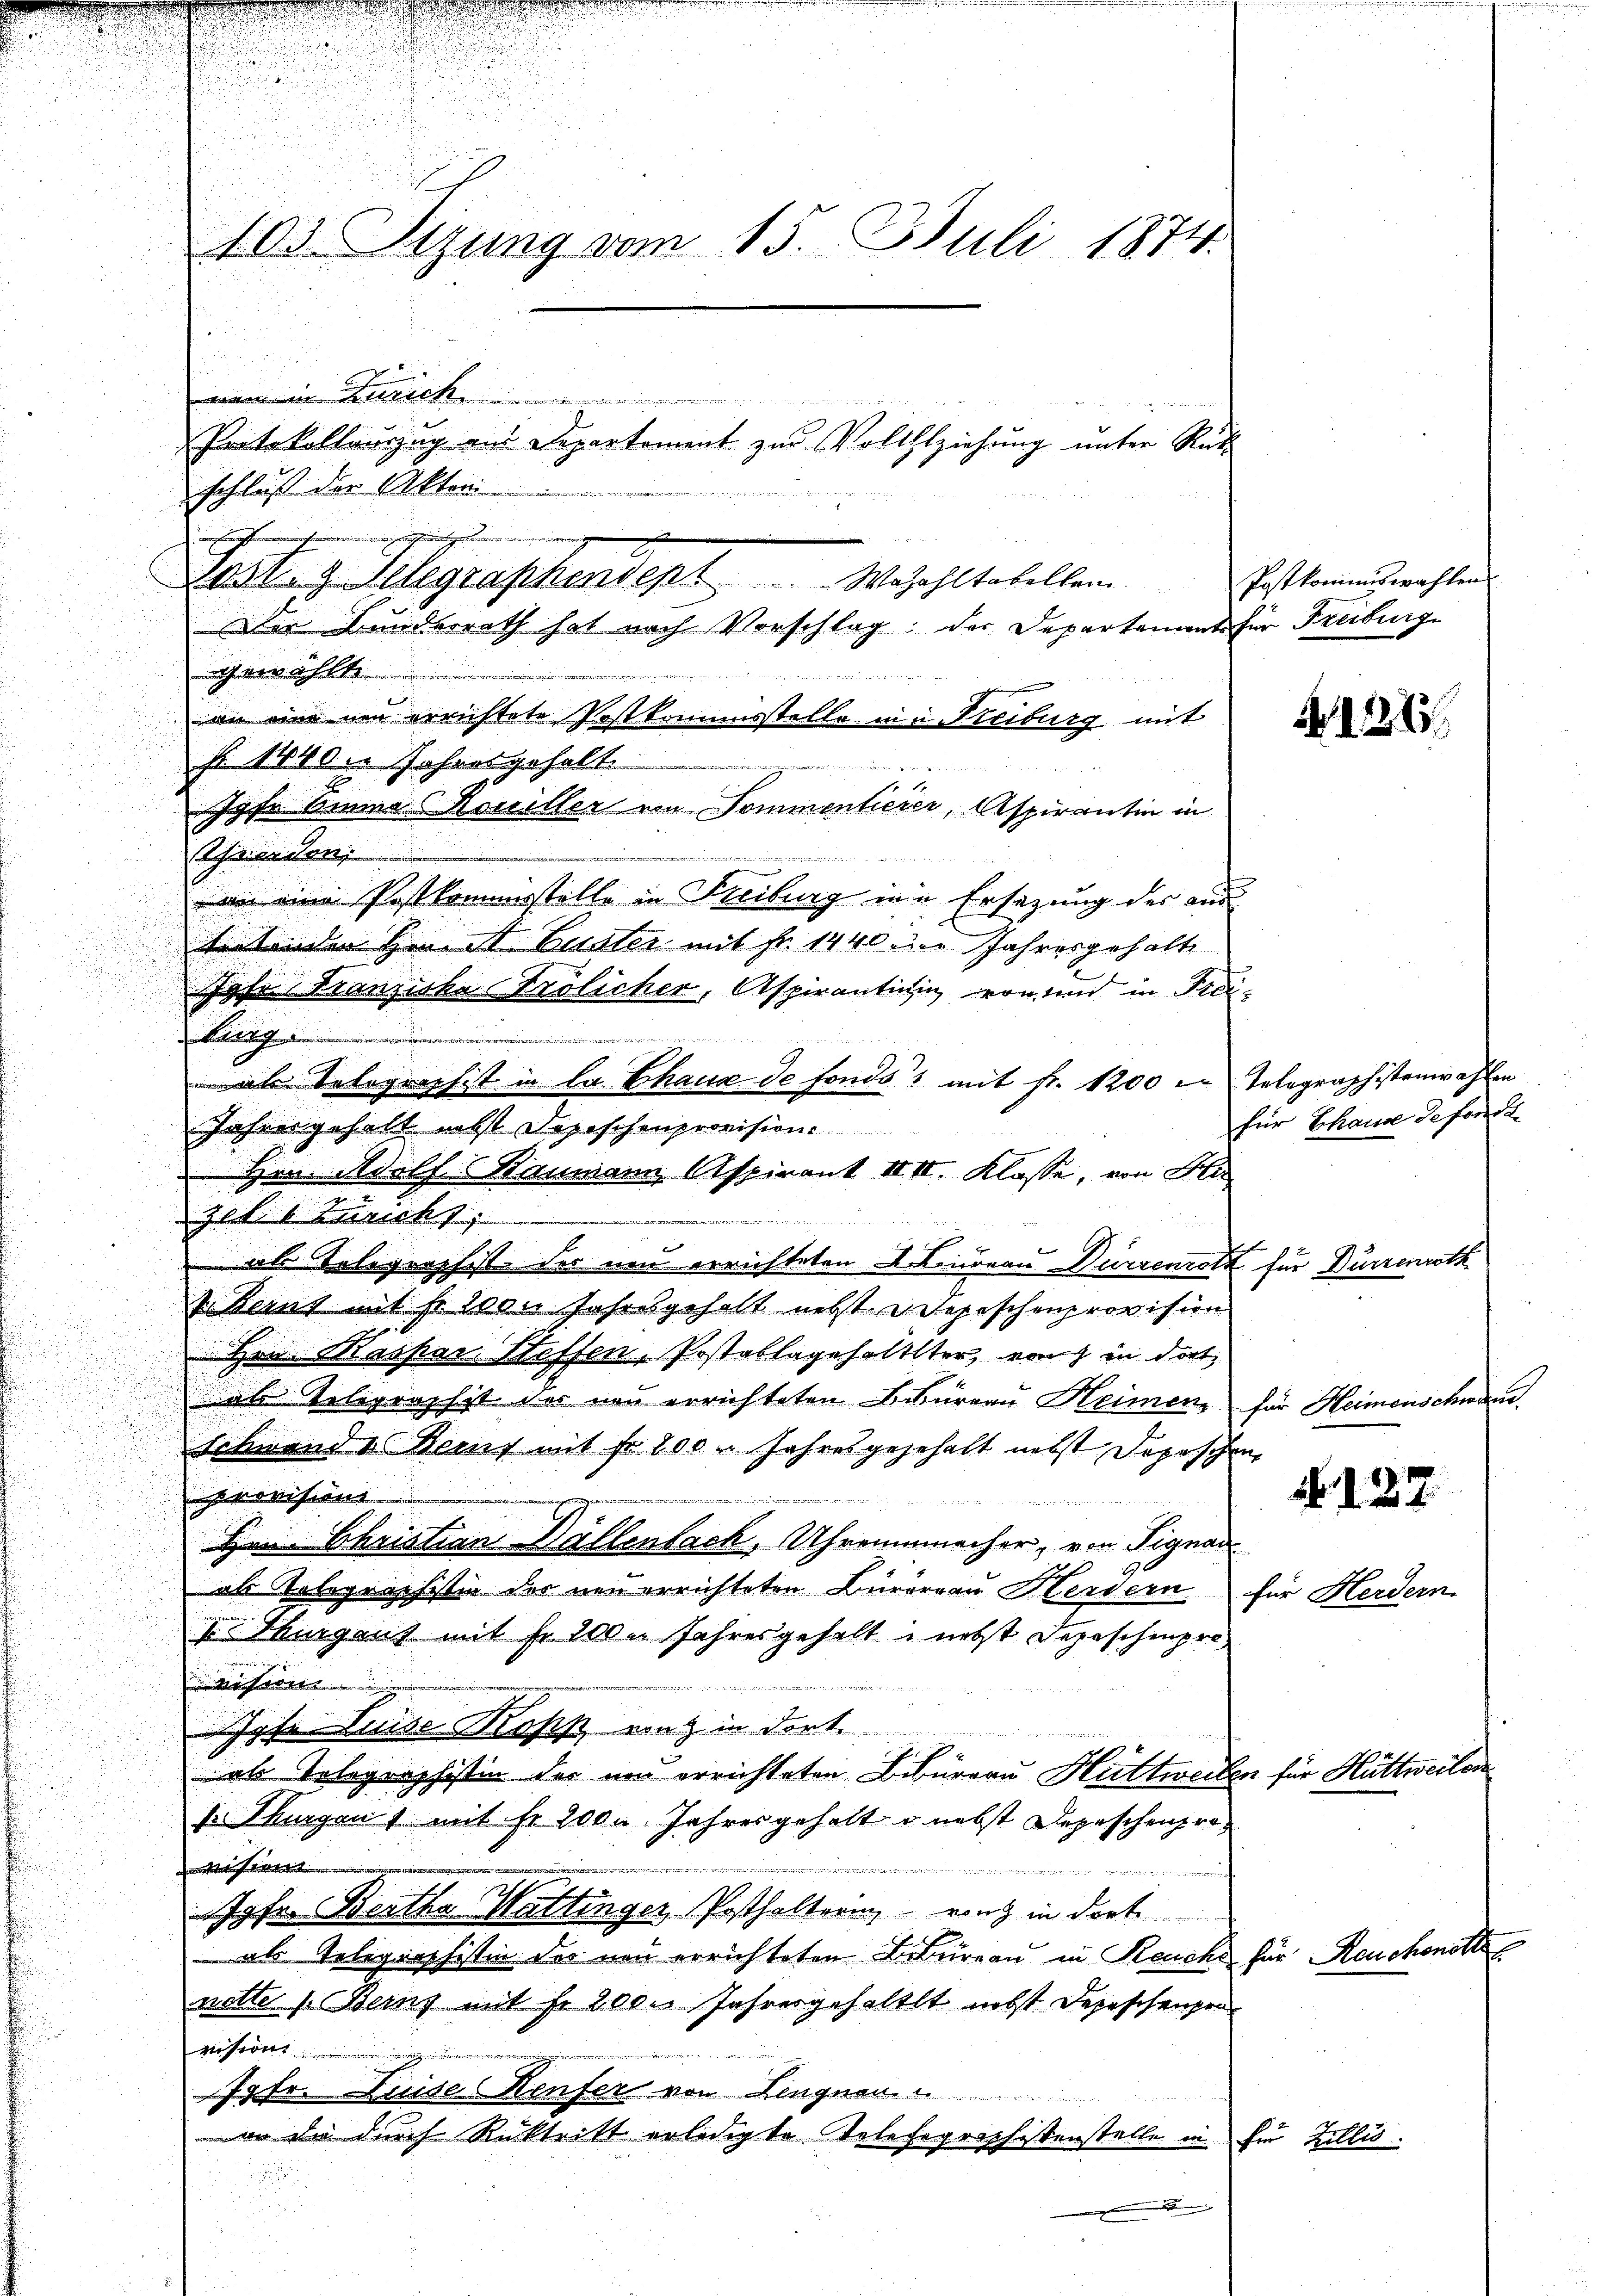
d

n in Zürich
schluß der Akten
u
.
Zort. 9. Selegraphendept.   .  ..  ..  Wazahltabellen.
Der Bunderrath hat nach Vorschlag; der Departement für Freiburg
gewählte.

an eine neu errichtete Postkommisstelle ein Freiburg mit
No 1440. Jahresgehalt
tidee in der die
1
ohr bina Kouiller von Sommenheier, Aspirantin in
Ahwerden,
an eine Postkommisstelle in Freiburg in Ersezung des aus
tretenden Hrn. St. Luster mit Fr. 1440 in Jahresgehalt
Jahr Franziska Frölicher, Aspiranticin von sind in Frei¬
Biirg
0
ale Telegraphist in la Chaux de fonds mit fr. 1200 in Telegraphistenwahlen
Jahresgehalt nebst Dopischenprovision.
Hrn. Adolf Baumann Aspirant IIII. Klasse, von Hi
gef. Einricht
we Leit

als Telegraphist der neu errichteten Feureau Dürrenrotz für Dürrenn
z Benz mit fr. 2000 Jahresgehalt nebst u. Depeschenprovision
Hrn. Kaspar Steffen, Postablagehalteter, von in dort,
u
als Telegraphist der neu errichteten Bekurrau Heimen, für Heimenschwand
Schwenden Beruf mit fr. 200. Jahresgegehalt nebst Depeschen
rovisiten
en Christian Bällenbach, Uhrenmacher, von Signan
als Relegraphistin der neu errichteten Bürerrau Herdern für Herdern
r Thurgaus mit Fr. 200 n Jahresgehalt nebst Depeschenpro¬
 Macht in
Johe Luise Kopp, nach in dort.
als Tolographistin der und errichteten Bekurrau Huttweiben,
se Thurgen) mit Fr. 200. Jahresgehalt o nebst Depeschen rost |
n
Jgfr. Bertha Wattinger Posthaltern eint in dort
als Telegraphistin des neu errichteten Bertureau in Reuche für Reuche
nette Benz mit fr. 200. Jahresgehaltet nebst Depeschenper
vision
79fr. Luide Renfer von Lengnau
en die durch Rücktritt erledigte Telefegraphessenstelle in für Zillis
.

103 Tizung vom 15. Juli 1874.

Protokollauszug aus Separtement zur Vollziehung unter Rük

Postkommiswahlen.

für Thause de forden

f

für Hüttwen

127

No. 127.

Ca